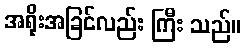
အရိုးအခြင်လည်း ကြီး သည်။